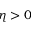
\eta > 0